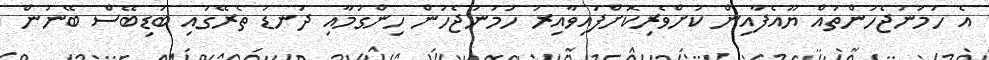
އެ ހަމަނުޖެހުންތައް ޔޫއެފާއިން ކުށްވެރިކޮށްފައިވާއިރު ހަމަނުޖެހުން ހިންގުމާއި ދަނޑު ތެރޭގައި ބަޑިބޭސް ބޭނުން